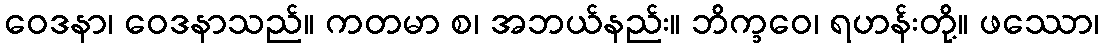
ဝေဒနာ၊ ဝေဒနာသည်။ ကတမာ စ၊ အဘယ်နည်း။ ဘိက္ခဝေ၊ ရဟန်းတို့။ ဖဿော၊